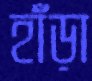
হাঁড়া